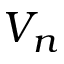
V _ { n }